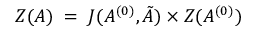
{ \cal Z } ( A ) \; = \; J ( A ^ { ( 0 ) } , { \tilde { A } } ) \times { \cal Z } ( A ^ { ( 0 ) } )